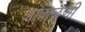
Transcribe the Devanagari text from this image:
ऒवाळणी